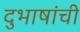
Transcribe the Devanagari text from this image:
दुभाषांची